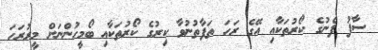
ސާފު ފެނުގެ ކޯރުތަކާއި އޭގެ ރަހަ ތަފާތުނުވާ ކިރުގެ ކޯރުތަކާއި ބޯމީހުންނަށް މީރުރަހަ